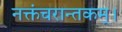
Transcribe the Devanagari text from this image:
नक्तंचरान्तकम्‌।